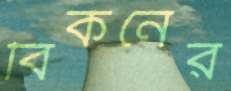
বিকনের